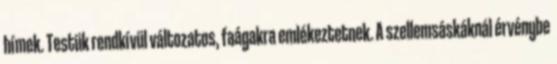
hímek. Testük rendkívül változatos, faágakra emlékeztetnek. A szellemsáskáknál érvénybe